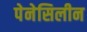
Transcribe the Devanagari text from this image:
पेनेसिलीन